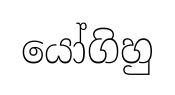
යෝගිහු